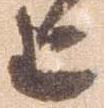
上